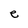
Character: e